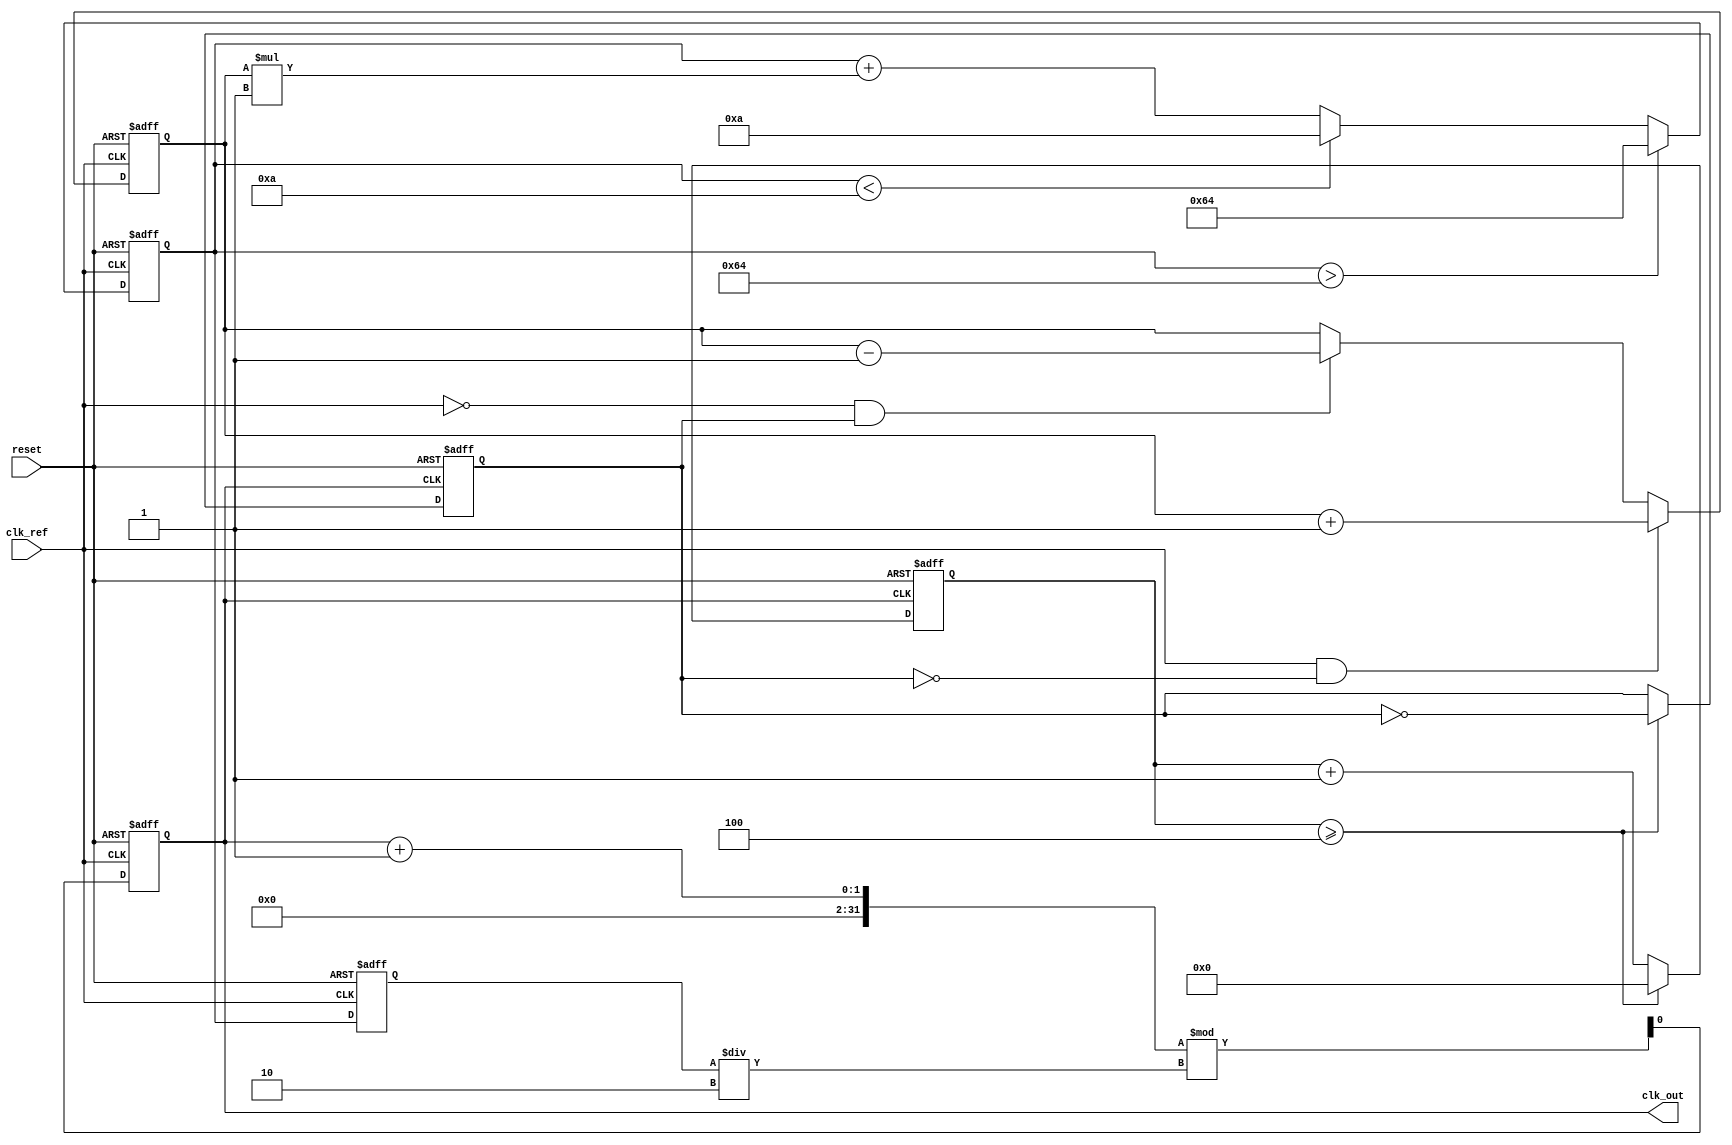
module pll_type2 (
    input wire clk_ref,          // Reference clock input
    input wire reset,            // Reset signal
    output reg clk_out           // Output clock
);

// Parameters
parameter N = 4;                // Frequency division ratio
parameter Kp = 1;               // Proportional gain for PD
parameter Ki = 1;               // Integral gain for LF
parameter VCO_MAX_FREQ = 100;   // Maximum frequency of VCO
parameter VCO_MIN_FREQ = 10;     // Minimum frequency of VCO

// Internal signals
reg [31:0] phase_error;         // Phase error signal
reg [31:0] control_voltage;     // Control voltage for VCO
reg [31:0] vco_freq;            // Current frequency of VCO
reg [31:0] feedback_div;        // Feedback divider counter
reg clk_feedback;               // Feedback clock signal

// Phase Detector (PD)
always @(posedge clk_ref or posedge reset) begin
    if (reset) begin
        phase_error <= 0;
    end else begin
        // Simple phase comparison logic
        if (clk_ref && !clk_feedback) begin
            phase_error <= phase_error + Kp; // Phase leads
        end else if (!clk_ref && clk_feedback) begin
            phase_error <= phase_error - Kp; // Phase lags
        end
    end
end

// Loop Filter (LF)
always @(posedge clk_ref or posedge reset) begin
    if (reset) begin
        control_voltage <= 0;
    end else begin
        control_voltage <= control_voltage + phase_error * Ki; // Integrate phase error
        // Clamp control voltage to VCO limits
        if (control_voltage > VCO_MAX_FREQ) begin
            control_voltage <= VCO_MAX_FREQ;
        end else if (control_voltage < VCO_MIN_FREQ) begin
            control_voltage <= VCO_MIN_FREQ;
        end
    end
end

// Voltage-Controlled Oscillator (VCO)
always @(posedge clk_ref or posedge reset) begin
    if (reset) begin
        vco_freq <= VCO_MIN_FREQ; // Start at minimum frequency
        clk_out <= 0;
    end else begin
        // Adjust VCO frequency based on control voltage
        vco_freq <= control_voltage;
        // Generate output clock based on VCO frequency
        clk_out <= (clk_out + 1) % (vco_freq / 2); // Simple clock generation
    end
end

// Feedback Divider
always @(posedge clk_out or posedge reset) begin
    if (reset) begin
        feedback_div <= 0;
        clk_feedback <= 0;
    end else begin
        feedback_div <= feedback_div + 1;
        if (feedback_div >= N) begin
            feedback_div <= 0;
            clk_feedback <= ~clk_feedback; // Toggle feedback clock
        end
    end
end

endmodule